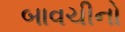
બાવચીનો